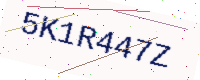
Text: 5K1R447Z